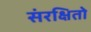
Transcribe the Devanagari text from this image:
संरक्षितो